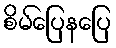
စိမ်ပြေနပြေ